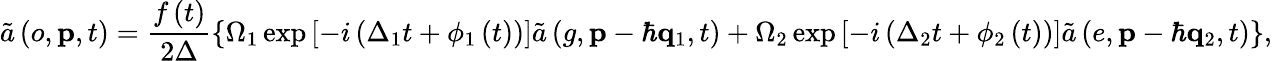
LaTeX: \tilde{a}\left(o,\mathbf{p},t\right)=\frac{f\left(t\right)}{2\Delta}\left\{ \Omega_{1}\exp\left[-i\left(\Delta_{1}t+\phi_{1}\left(t\right)\right)\right]\tilde{a}\left(g,\mathbf{p}-\hbar\mathbf{q}_{1},t\right)+\Omega_{2}\exp\left[-i\left(\Delta_{2}t+\phi_{2}\left(t\right)\right)\right]\tilde{a}\left(e,\mathbf{p}-\hbar\mathbf{q}_{2},t\right)\right\} ,